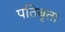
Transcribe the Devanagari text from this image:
पतिबृता